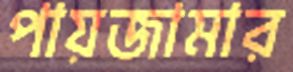
পায়জামার